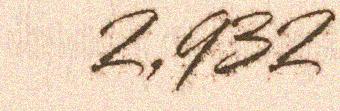
2,932